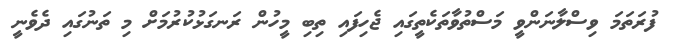
ފުރަތަމަ ވިސްލާނަންވީ މަސްތުވާތަކެތީގައި ޖެހިފައި ތިބި މީހުން ރަނގަޅުކުރުމަށް މި ތަނުގައި ދެވެނީ